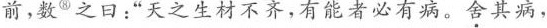
前，数⑧之曰：”天之生材不齐，有能者必有病。\underset{·}{舍}其病，